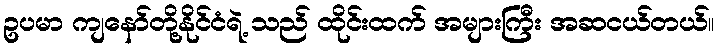
ဥပမာ ကျနော်တို့နိုင်ငံရဲ့ သည် ထိုင်းထက် အများကြီး အဆငယ်တယ်။